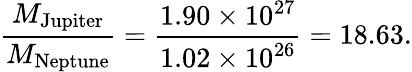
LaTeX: {\frac{M_{\mathrm{Jupiter}}}{M_{\mathrm{Neptune}}}}={\frac{1.90\times 10^{27}}{1.02\times 10^{26}}}=18.63.